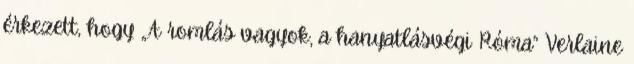
érkezett, hogy „A romlás vagyok, a hanyatlásvégi Róma” Verlaine